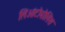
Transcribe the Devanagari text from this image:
लिओंटोपोलिस